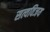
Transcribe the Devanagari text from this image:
सत्यविजय